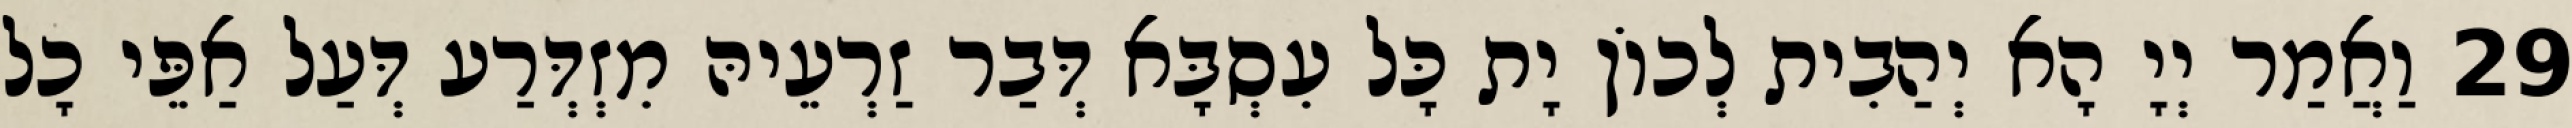
29 וַאֲמַר יְיָ הָא יְהַבִית לְכוֹן יָת כָּל עִסְבָּא דְּבַר זַרְעֵיהּ מִזְדְּרַע דְּעַל אַפֵּי כָל